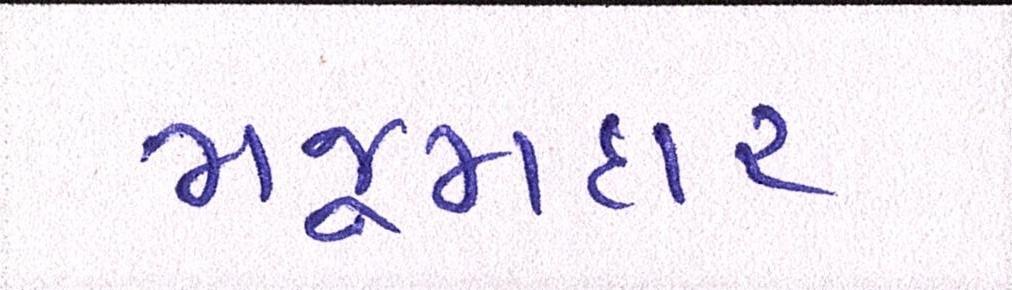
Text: મજૂમદાર